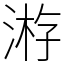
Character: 𣸯